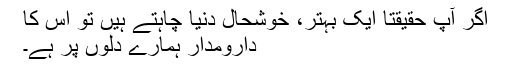
اگر آپ حقیقتاً ایک بہتر، خوشحال دنیا چاہتے ہیں تو اس کا
دارومدار ہمارے دلوں پر ہے۔